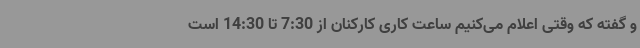
و گفته که وقتی اعلام می‌کنیم ساعت کاری کارکنان از 7:30 تا 14:30 است